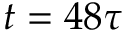
t = 4 8 \tau